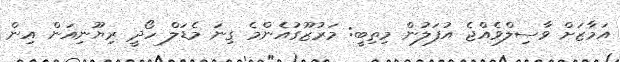
އަމާޒަށް ވާސިލްވެއްޖެ އުފަލުން މިތިބީ: މަރުޒޫގުއެންމެ ގިނަ މެޑަލް ހޯދީ ރިޔޫނިއަން އިން